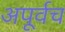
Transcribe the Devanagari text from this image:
अपूर्वच